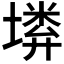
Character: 𡏰